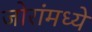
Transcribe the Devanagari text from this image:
जोरांमध्ये